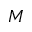
M